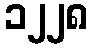
၁၂၂၈